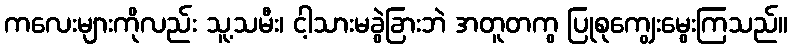
ကလေးများကိုလည်း သူ့သမီး၊ ငါ့သားမခွဲခြားဘဲ အတူတကွ ပြုစုကျွေးမွေးကြသည်။